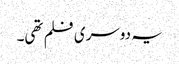
یہ دوسری فلم تھی۔